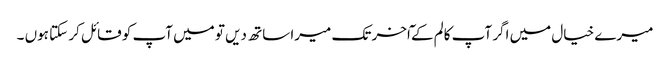
میرے خیال میں اگر آپ کالم کے ٓاخر تک میرا ساتھ دیں تو میں آپ کو قائل کر سکتا ہوں ۔